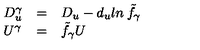
\begin{array} { l l l } { D _ { u } ^ { \gamma } } & { = } & { D _ { u } - d _ { u } l n \: { \tilde { f } } _ { \gamma } } \\ { U ^ { \gamma } } & { = } & { { \tilde { f } } _ { \gamma } U } \\ \end{array}